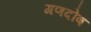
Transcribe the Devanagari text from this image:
गणदोष